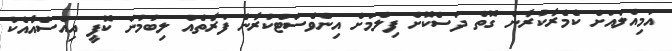
އަމިއްލައަށް ކެމެރާކުރާނެ ގޮތް ދަސްކޮށް ފިލްމަށް އިންވެސްޓްކުރާނެ ފަރާތެއް ލިބުމުން ކޮޕީ އިއްސެއާއެކު